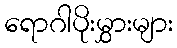
ရောဂါပိုးမွှားများ